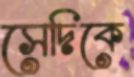
সেদিকে